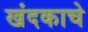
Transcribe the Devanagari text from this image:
खंदकाचे